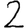
Digit: 2